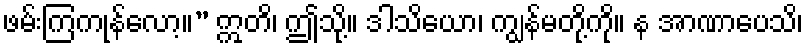
ဖမ်းကြကုန်လော့။” ဣတိ၊ ဤသို့။ ဒါသိယော၊ ကျွန်မတို့ကို။ န အာဏာပေသိ၊